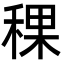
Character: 稞